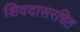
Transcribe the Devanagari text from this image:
शिवदासरचित